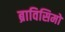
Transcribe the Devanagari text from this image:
ब्राविसिमो